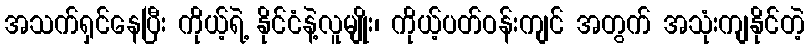
အသက်ရှင်နေပြီး ကိုယ့်ရဲ့ နိုင်ငံနဲ့လူမျိုး၊ ကိုယ့်ပတ်ဝန်းကျင် အတွက် အသုံးကျနိုင်တဲ့